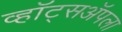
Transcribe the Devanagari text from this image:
व्हॉट्सॲपला